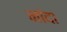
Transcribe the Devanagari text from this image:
नांदा